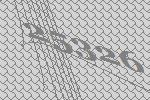
25326